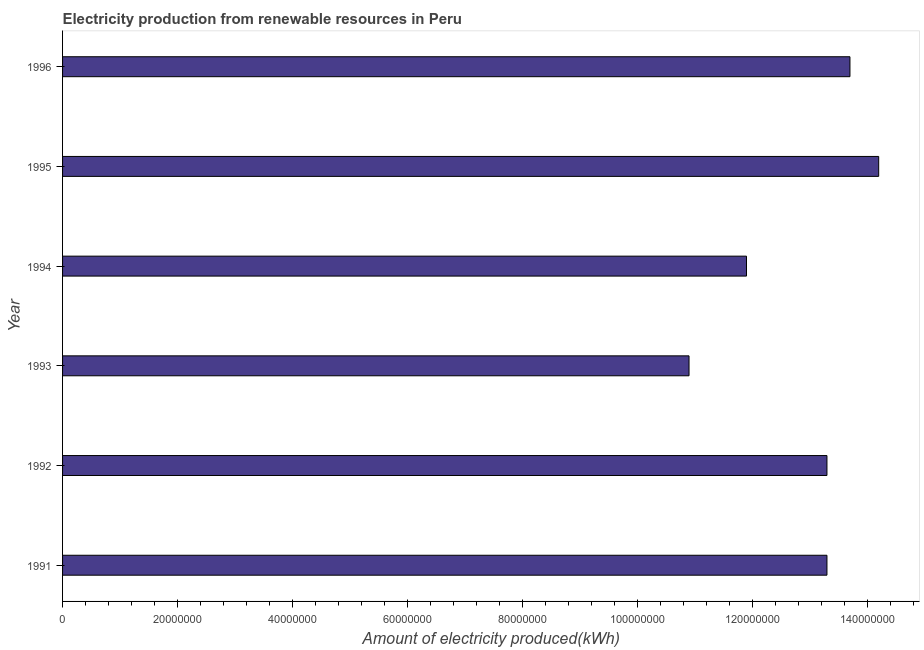
| Year | Electricity production from renewable sources |
 | --- | --- |
 | 1991 | 1.33e+08 |
 | 1992 | 1.33e+08 |
 | 1993 | 1.09e+08 |
 | 1994 | 1.19e+08 |
 | 1995 | 1.42e+08 |
 | 1996 | 1.37e+08 |